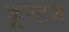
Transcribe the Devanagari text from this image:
कूण्टज